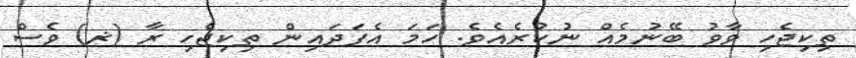
ތިކިޖެހި ވާވު ބޭނުމެއް ނުކުރެއެވެ. ހަމަ އެފަދައިން ތިކިޖެހި ރާ (ޜ) ވެސް